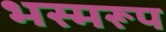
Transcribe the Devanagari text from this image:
भस्मरूप